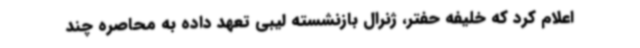
اعلام کرد که خلیفه حفتر، ژنرال بازنشسته لیبی تعهد داده به محاصره چند